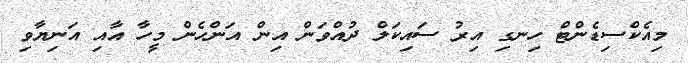
މިއެކްސިޑެންޓް ހިނގި އިރު ސައިކަލް ދުއްވަން އިން އަންހެން މީހާ އާއި އަނިޔާވި